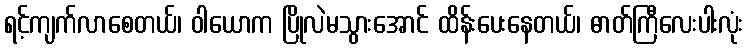
ရင့်ကျက်လာစေတယ်၊ ဝါယောက ပြိုလဲမသွားအောင် ထိန်းပေးနေတယ်၊ ဓာတ်ကြီလေးပါးလုံး